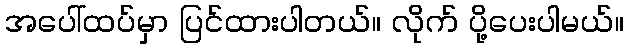
အပေါ်ထပ်မှာ ပြင်ထားပါတယ်။ လိုက် ပို့ပေးပါမယ်။